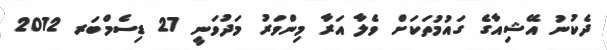
ދެކުނު އޭޝިއާގެ ގައުމުތަކަށް ވެލާ އަރާ މިންވަރު މަދުވަނީ 27 ޑިސެމްބަރ 2012